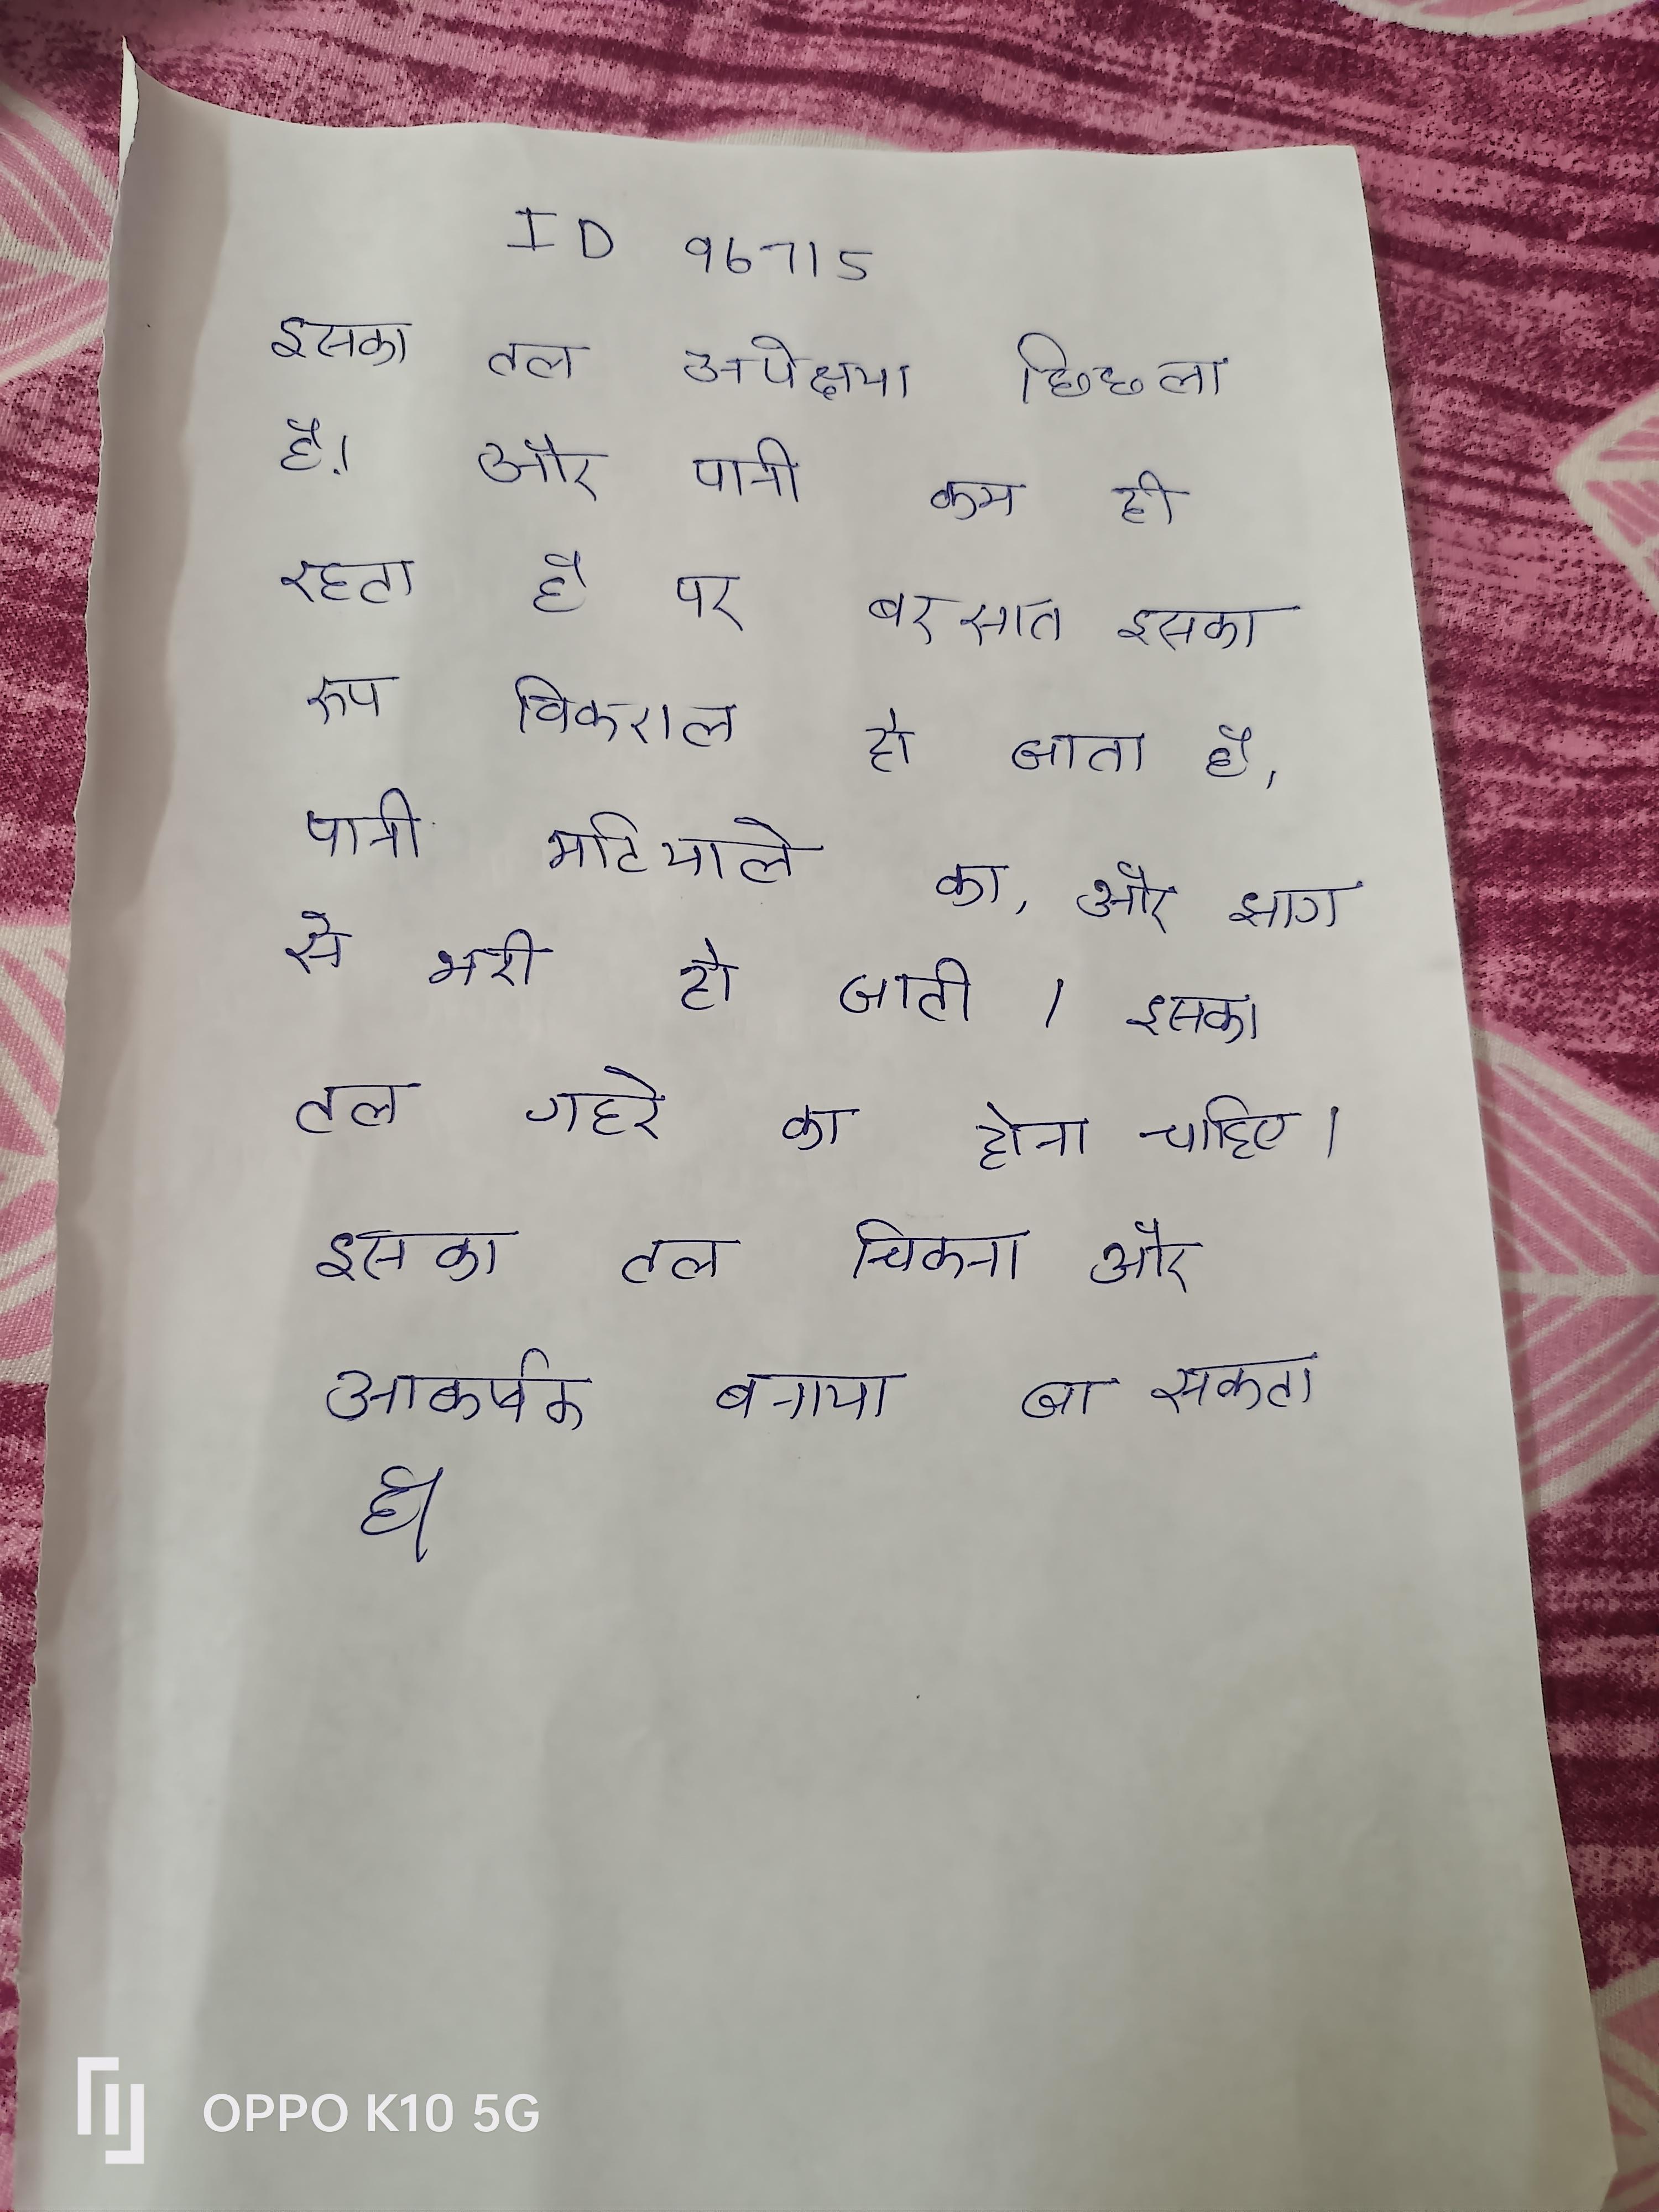
इसका तल अपेक्षया छिछला है और पानी कम ही रहता है पर बरसात इसका रूप विकराल हो जाता है, पानी मटियाले का, और झाग से भरी हो जाती । इसका तल गहरे का होना चाहिए । इसका तल चिकना और आकर्षक बनाया जा सकता है ।